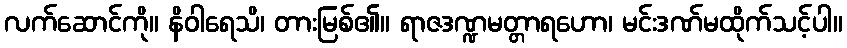
လက်ဆောင်ကို။ နိဝါရေသိ၊ တားမြစ်၏။ ရာဇဒဏ္ဍမတ္တာရဟော၊ မင်းဒဏ်မထိုက်သင့်ပါ။